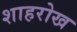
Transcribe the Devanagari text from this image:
शाहरोख